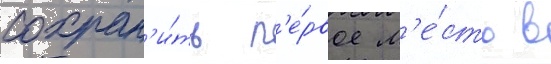
сохран'и́ть п'е́рвое м'е́сто в